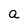
Character: a